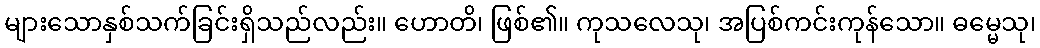
များသောနှစ်သက်ခြင်းရှိသည်လည်း။ ဟောတိ၊ ဖြစ်၏။ ကုသလေသု၊ အပြစ်ကင်းကုန်သော။ ဓမ္မေသု၊